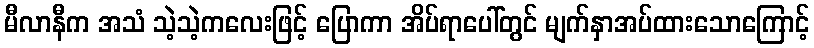
မီလာနီက အသံ သဲ့သဲ့ကလေးဖြင့် ပြောကာ အိပ်ရာပေါ်တွင် မျက်နှာအပ်ထားသောကြောင့်